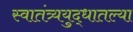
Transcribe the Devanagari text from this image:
स्वातंत्र्ययुद्धातल्या